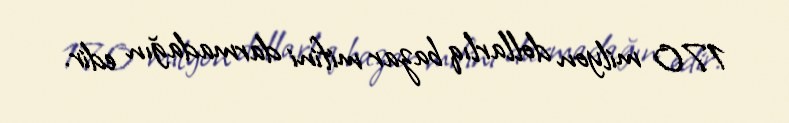
170 milyon dollarlıq bazar mifini darmadağın edir.